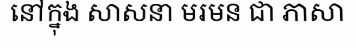
នៅក្នុង សាសនា មរមន ជា ភាសា